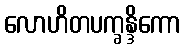
လောဟိတပက္ခန္ဒိကော